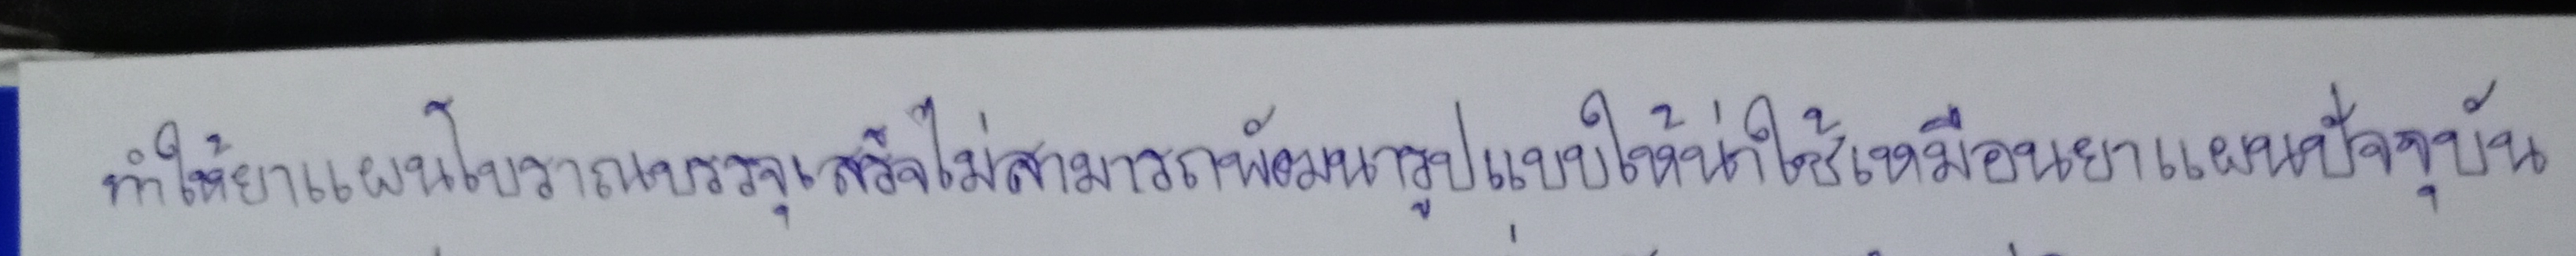
ทำให้ยาแผนโบราณบรรจุเสร็จไม่สามารถพัฒนารูปแบบให้น่าใช้เหมือนยาแผนปัจจุบัน